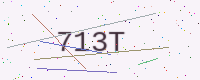
Text: 713T